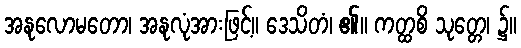
အနုလောမတော၊ အနုလုံအားဖြင့်။ ဒေသိတံ၊ ၏။ ကတ္ထစိ သုတ္တေ၊ ၌။